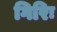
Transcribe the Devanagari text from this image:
गिरिः